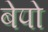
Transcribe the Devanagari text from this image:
बेपो